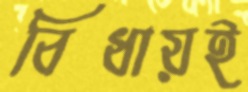
বিধায়ই